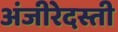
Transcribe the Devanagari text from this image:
अंजीरेदस्ती